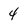
Character: 4